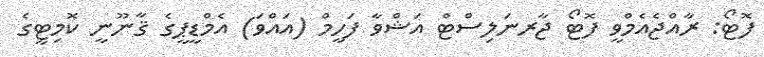
ފޮޓޯ: ރާއްޖެއެމްވީ ފޮޓޯ ޖާރނަލިސްޓް އަޝްވާ ފަހީމް (އައްވަ) އެމްޑީޕީގެ ޤާނޫނީ ކޮމިޓީގެ